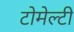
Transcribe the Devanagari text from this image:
टोमेल्टी